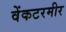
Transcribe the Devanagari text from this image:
वेंकटरमीर